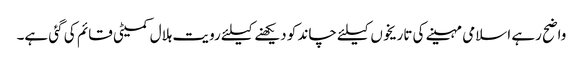
واضح رہے اسلامی مہینے کی تاریخوں کیلئے چاند کو دیکھنے کیلئے رویت ہلال کمیٹی قائم کی گئی ہے۔